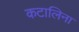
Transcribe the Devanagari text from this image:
कटालिना